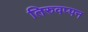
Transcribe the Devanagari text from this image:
तिरुवप्पन